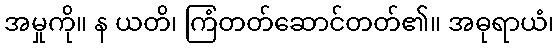
အမှုကို။ န ယတိ၊ ကြံတတ်ဆောင်တတ်၏။ အဓုရာယံ၊